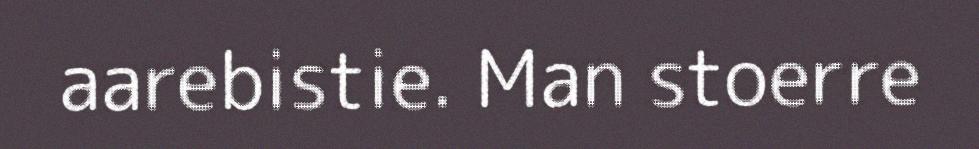
aarebistie. Man stoerre